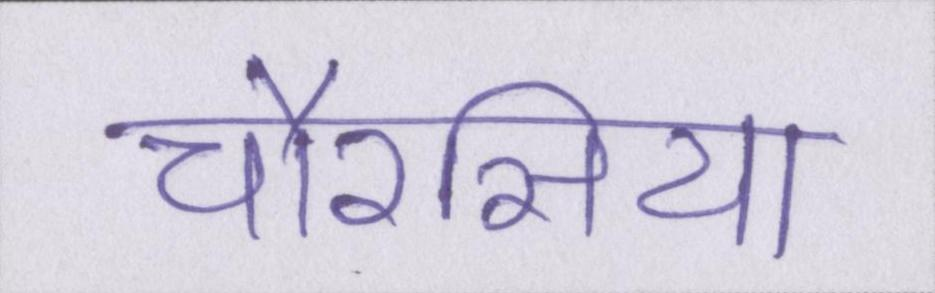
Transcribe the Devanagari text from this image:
चौरसिया